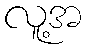
လူ့အ